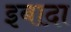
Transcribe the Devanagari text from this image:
इबादा